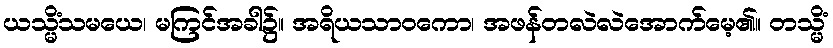
ယသ္မိံသမယေ၊ မကြင်အခါ၌။ အရိယသာဝကော၊ အဖန်တလဲလဲအောက်မေ့၏။ တသ္မိံ